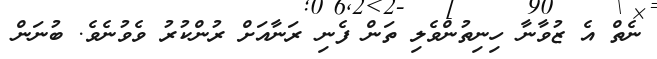
ނެތް އެ ޒުވާނާ ހިނިތުންވެލި ތަން ފެނި ރަނާއަށް ރުންކުރު ވެވުނެވެ. ބުނަން